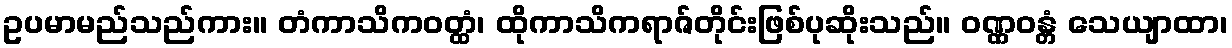
ဥပမာမည်သည်ကား။ တံကာသိကဝတ္ထံ၊ ထိုကာသိကရာဇ်တိုင်းဖြစ်ပုဆိုးသည်။ ဝဏ္ဏဝန္တံ သေယျာထာ၊